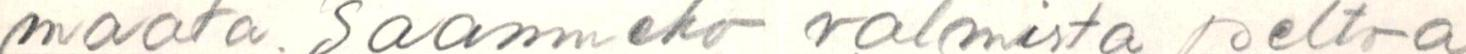
maata. Saamneko valmista peltoa